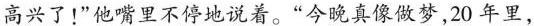
高兴了!”他嘴里不停地说着。“今晚真像做梦，20年里，